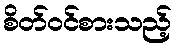
စိတ်ဝင်စားသည့်